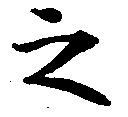
之